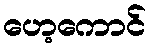
ဟေ့ကောင်